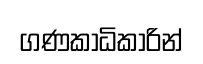
ගණකාධිකාරින්